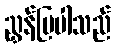
ညွှန်ပြပါသည်